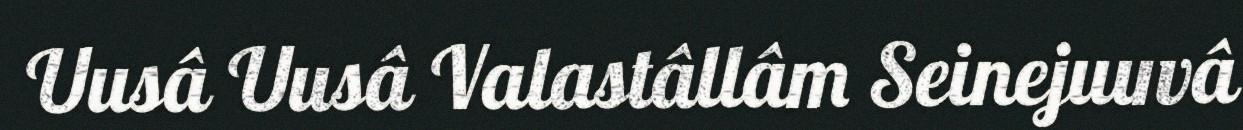
Uusâ Uusâ Valastâllâm Seinejuuvâ